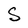
Character: S